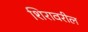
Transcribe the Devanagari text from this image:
शिरावरील